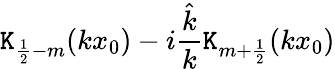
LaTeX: \mathtt{K}_{\frac{1}{2}-m}(kx_{0})-i\frac{{\hat{{k}}}}{{k}}\mathtt{K}_{m+\frac{1}{2}}(kx_{0})